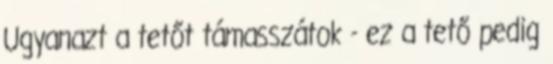
Ugyanazt a tetőt támasszátok - ez a tető pedig